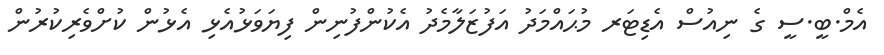
އެމް.ބީ.ސީ ގެ ނިއުސް އެޑިޓަރ މުޙައްމަދު އަފުޒަލާމެދު އެކުންފުނިން ފިޔަވަޅުއެޅި އެޅުން ކުށްވެރިކުރުން